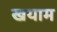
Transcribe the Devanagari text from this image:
खयाम